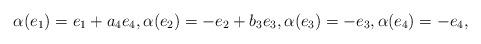
LaTeX: \begin{align*}\alpha(e_1) = e_1 + a_4e_4,\alpha(e_2) = -e_2 + b_3e_3,\alpha(e_3) = -e_3,\alpha(e_4) = -e_4,\end{align*}